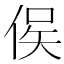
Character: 㑨